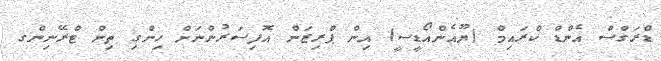
ޑްރަގްސް އެންޑް ކްރައިމް (ޔޫއެންއޯޑީސީ) އިން ޕްރިޒަން އޮފިސަރުންނަށް ހިންގި ތިން ޓްރޭނިންގ